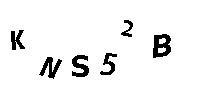
KNS52B